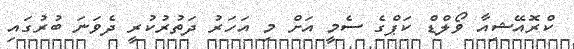
ކްރޮއޭޝިއާ ވޯލްޑް ކަޕްގެ ސެމީ އަށް މި އަހަރު ދަތުރުކުރީ ދެވަނަ ބުރުގައި